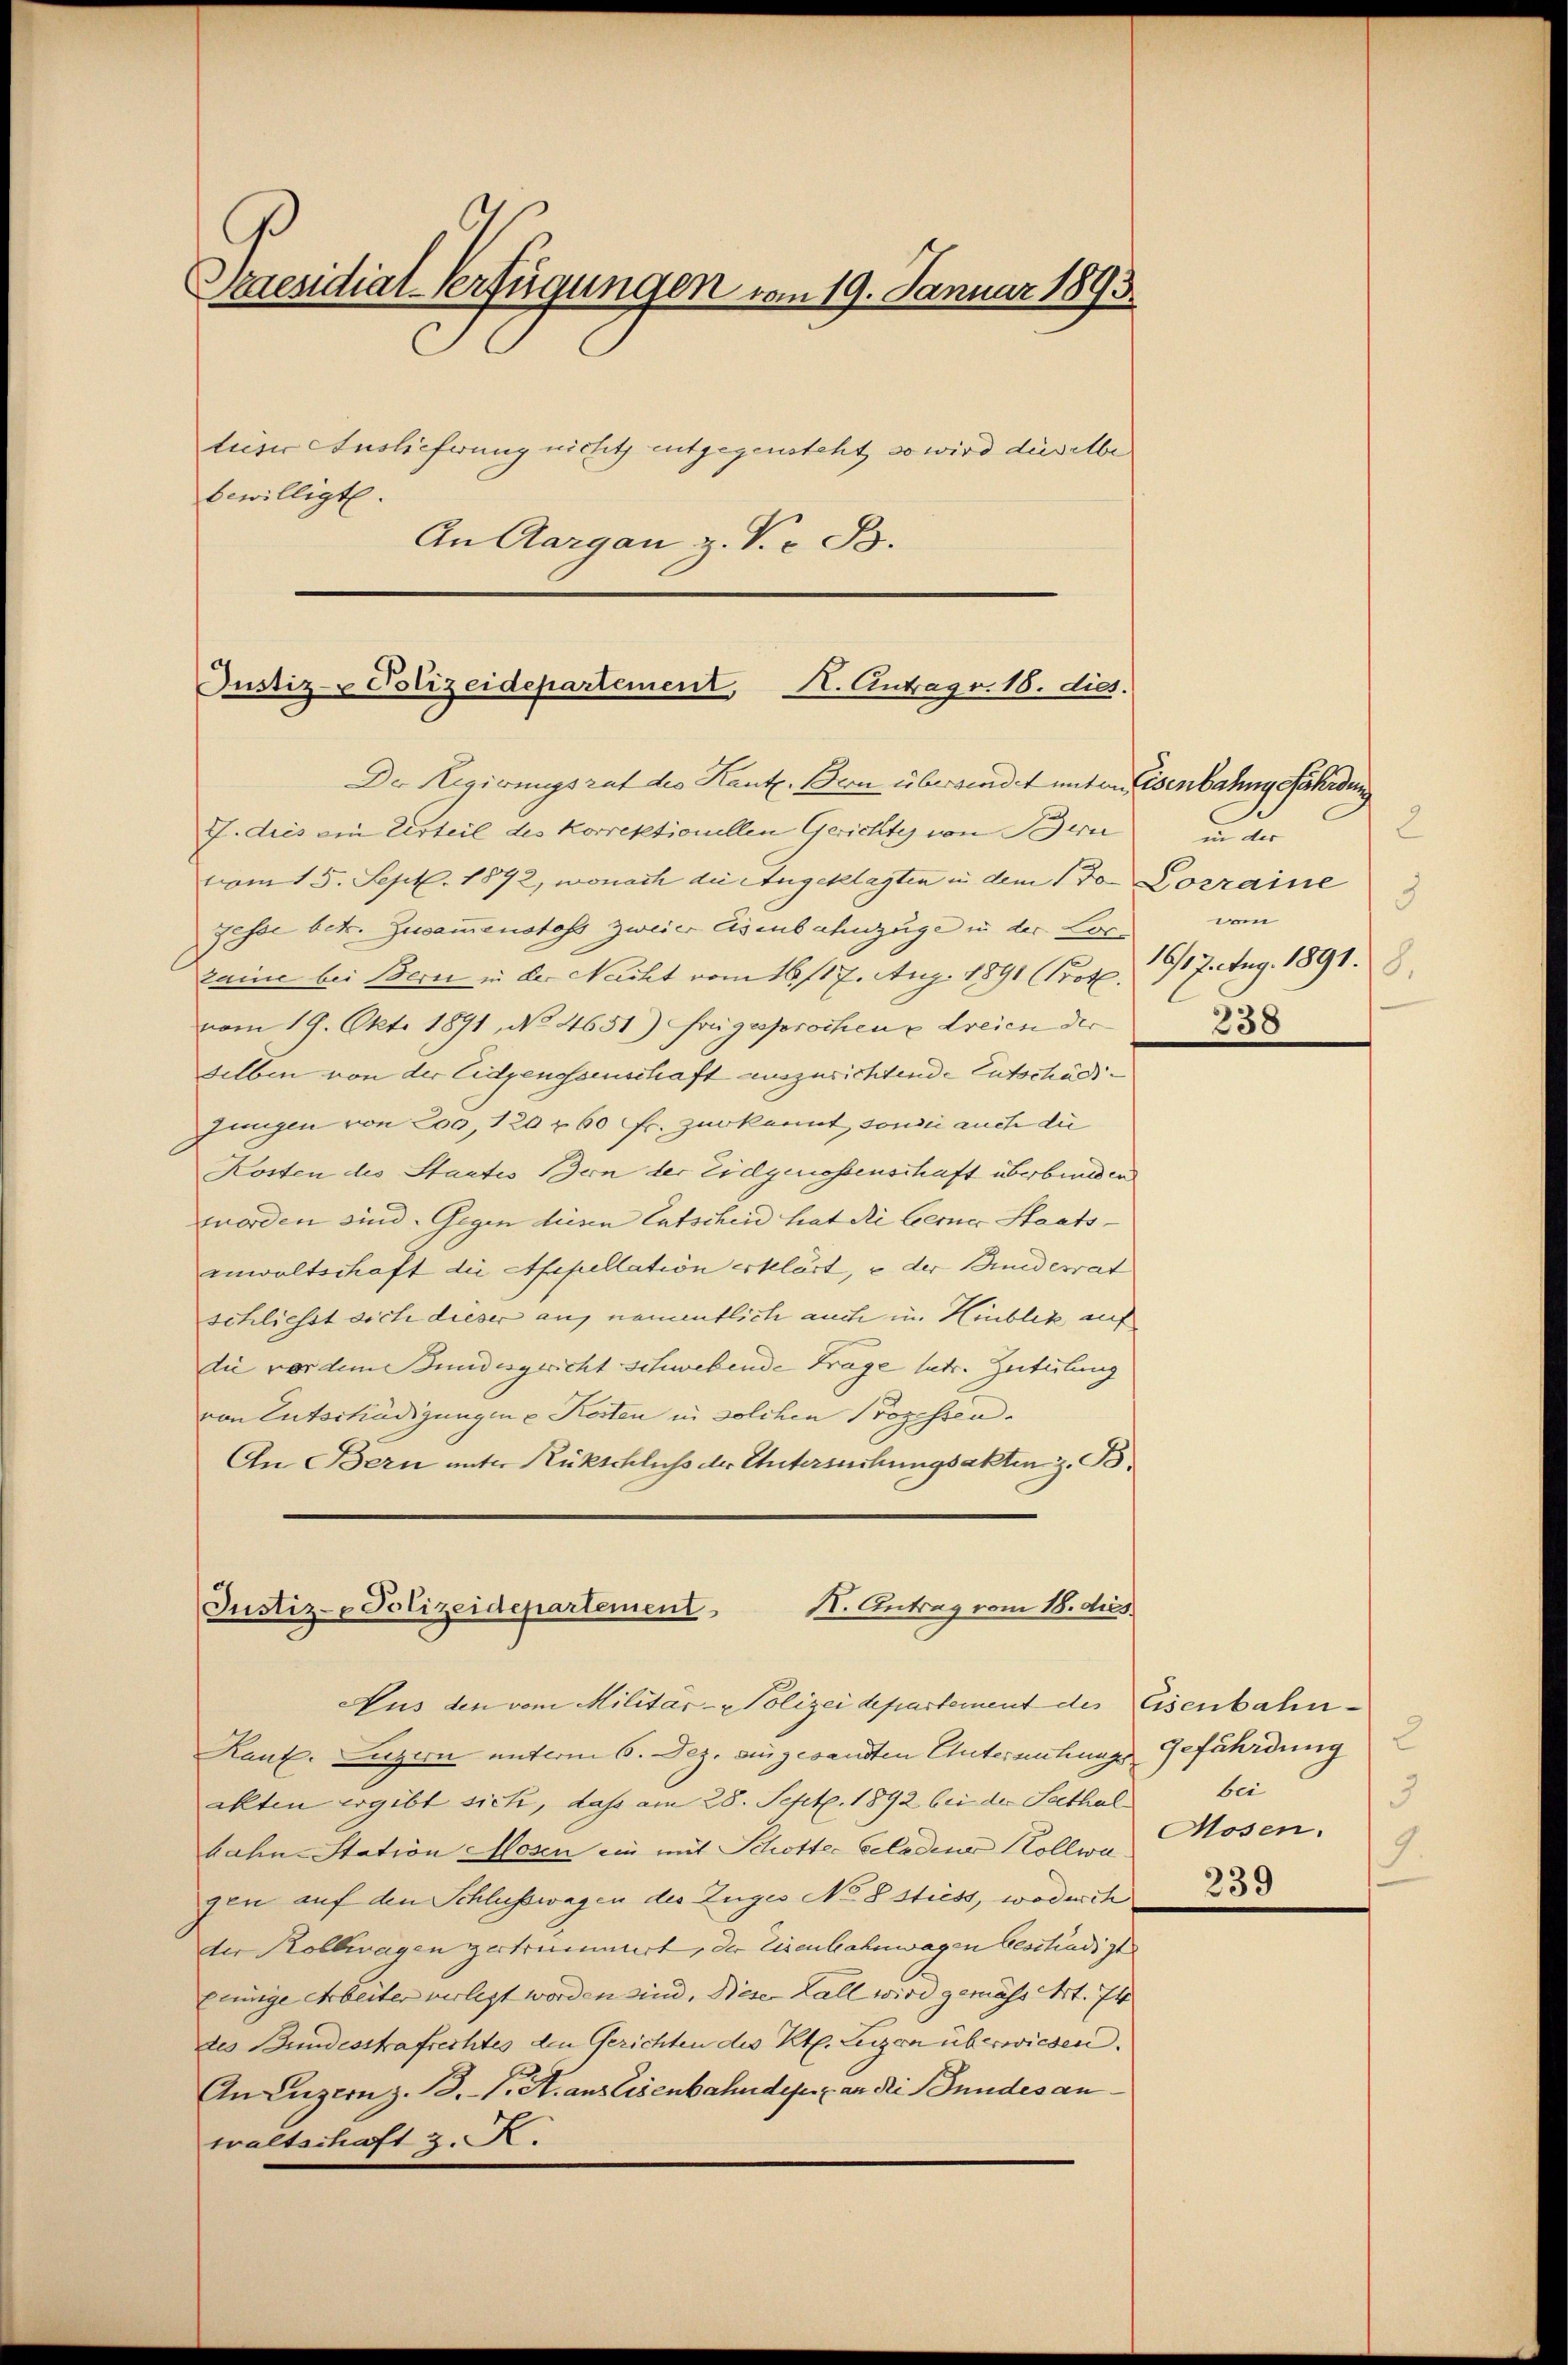
Praesidial-Verfügungen vom 19. Januar 1893.
tieser Auslieferung nicht entgegensteht, so wird dieselbe
bewilligt.
An Aargau z. V. B.

Justiz--Polizeidepartement, H. Antrags. 18. dies

Der Regierungsrat des Kant. Bern übersandt unter Eisenbahng fährdung
J. dies ein Uerteil des Korrektionellen Gerichtes von Bern
tion 15. Sept. 1892, wonach die Angeklagten u dem 13 Cosraine
gesse betr. Zusammenstoss zweier Eisenbahnzüge in der Lorzaine bei Bern in der Nacht vom 16. 117. Aug. 1891 Prot.
vom 19. Okto 1891, No 4651) frügesprochen u Freien der
selben von der Eidgenossenschaft auszurichtende Entschädi¬
Jungen von 200, 120 r 60 fr. zur kannt, sonder auch die
Kosten des Staates Bern der Eidgenossenschaft überbinden
worden sind. Gegen diesen Entscheid hat die Berner Staatsanwaltschaft die Appellation erklärt, u der Bindesrat
schliesst sich dieser aus namentlich auch in Hinblik auf
die vor dem Bundesgericht schwebende Frage betr. Zerteilung
von Entschädigungene Kosten in solchen Prozessen
An Bern unter Rückschluß der Untersuchungsakten z. B.
K. Antrag vom 18. ds.
Justiz- Polizeidepartement

Aus den vom Militär- & Polizei departement des Eisenbahn¬
Kant. Luzern unterm 6. Dez. eingesandten Untermutung Gefährdung
akten ergibt siche, daß am 28. Sept. 1892 bei der Seethalbahn-Station Hosen ein mit Schotter beladens Kollwagen auf den Schlusswagen des Zuges No 8 Stiess, wodurch
der Kollwagen zertrümmert, der Eisenbahnwagen beschädigt
eeinige Arbeiter verlegt worden sind. Dieser Fall wird gemäss Art. 74
des Bundesstrafrechtes den Gerichten des Kt. Luzern überwiesen.
An Luzern z. 13.-V. A. aus Eisenbahndefer an die Bundes anwaltschaft z. R.

2
dur
9
am
19/1 J. tag. 1891. 8.
238

bei
3
Mosen.
.
239